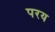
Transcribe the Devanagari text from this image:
परय